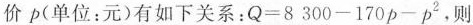
价ρ(单位：元)有如下关系：$$Q = 8 3 0 0 - 1 7 0 p - p ^ { 2 }$$，则